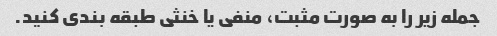
جمله زیر را به صورت مثبت، منفی یا خنثی طبقه بندی کنید.